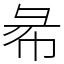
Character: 㣇